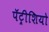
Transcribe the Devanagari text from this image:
पॅट्रीशियो